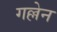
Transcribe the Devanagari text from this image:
गल्लेन